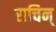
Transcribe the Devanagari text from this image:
सचिन्